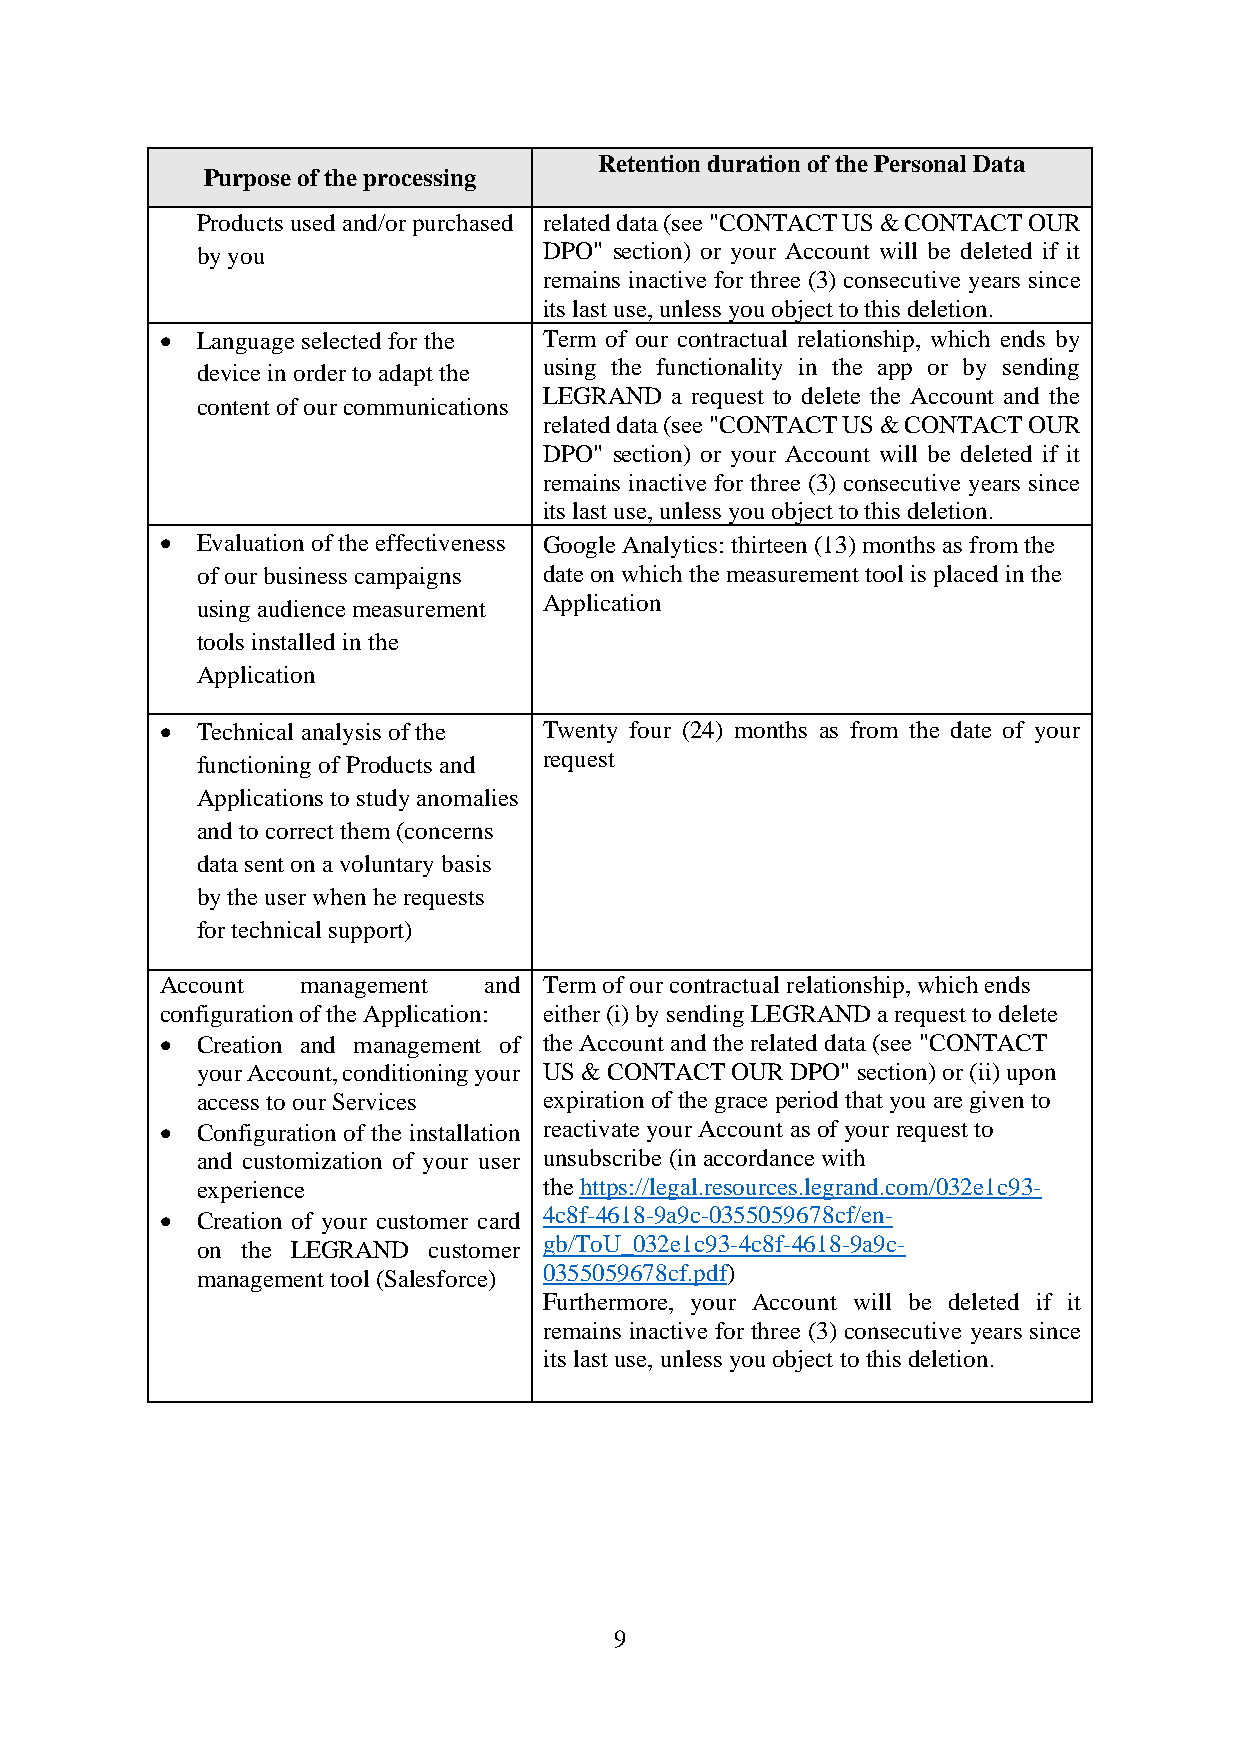
Retention duration of the Personal Data
 Purpose of the processing
 Products used and/or purchased related data (see "CONTACT US & CONTACT OUR
 by you                 DPO" section) or your Account will be deleted if it
 remains inactive for three (3) consecutive years since
 its last use, unless you object to this deletion.
 • Language selected for the Term of our contractual relationship, which ends by
 device in order to adapt the using the functionality in the app or by sending
 LEGRAND a request to delete the Account and the
 content of our communications
 related data (see "CONTACT US & CONTACT OUR
 DPO" section) or your Account will be deleted if it
 remains inactive for three (3) consecutive years since
 its last use, unless you object to this deletion.
 • Evaluation of the effectiveness Google Analytics: thirteen (13) months as from the
 of our business campaigns date on which the measurement tool is placed in the
 using audience measurement Application
 tools installed in the
 Application
 • Technical analysis of the Twenty four (24) months as from the date of your
 functioning of Products and request
 Applications to study anomalies
 and to correct them (concerns
 data sent on a voluntary basis
 by the user when he requests
 for technical support)
 Account  management  and Term of our contractual relationship, which ends
 configuration of the Application: either (i) by sending LEGRAND a request to delete
 • Creation and management of the Account and the related data (see "CONTACT
 your Account, conditioning your US & CONTACT OUR DPO" section) or (ii) upon
 access to our Services expiration of the grace period that you are given to
 • Configuration of the installation reactivate your Account as of your request to
 and customization of your user unsubscribe (in accordance with
 experience             the https://legal.resources.legrand.com/032e1c93-
 • Creation of your customer card 4c8f-4618-9a9c-0355059678cf/en-
 on the LEGRAND customer gb/ToU_032e1c93-4c8f-4618-9a9c-
 management tool (Salesforce) 0355059678cf.pdf)
 Furthermore, your Account will be deleted if it
 remains inactive for three (3) consecutive years since
 its last use, unless you object to this deletion.
 9